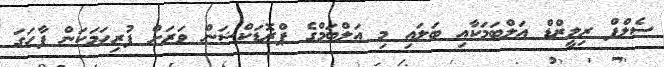
ސެލްފް ރިލީޒްޑް އަލްބަމަކާއި ބަލައި މި އަލްބަމްގެ ޕްރޮޑަކްޝަން ވަރަށް ފުރިހަމަކަން ފާހަގަ